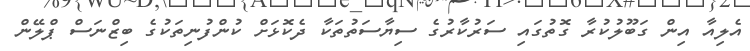
އެލިއާ އިން ގަބޫލުކުރާ ގޮތުގައި ސަރުކާރުގެ ސިޔާސަތުތަކާ ދެކޮޅަށް ކުންފުނިތަކުގެ ބިޒްނަސް ޕްލޭން